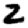
Digit: 2